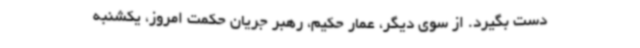
دست بگیرد. از سوی دیگر، عمار حکیم، رهبر جریان حکمت امروز، یکشنبه